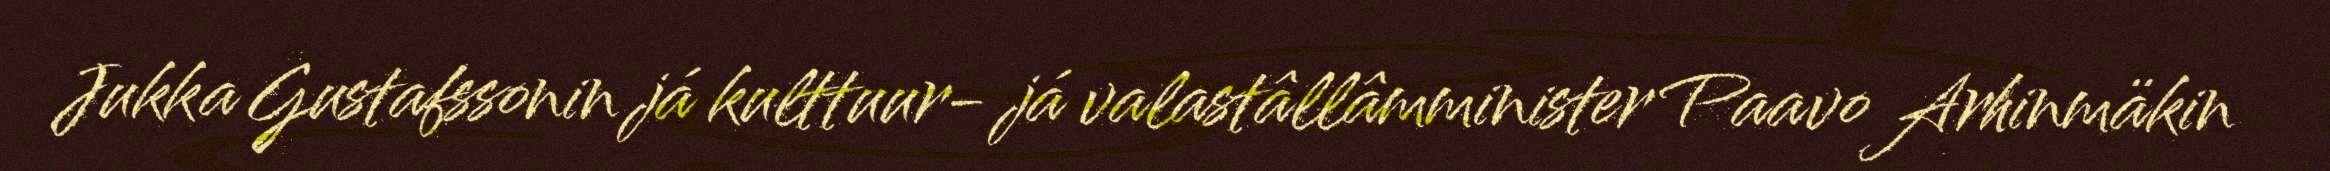
Jukka Gustafssonin já kulttuur- já valastâllâmminister Paavo Arhinmäkin